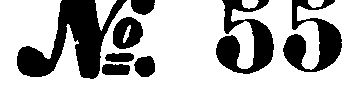
No. 55.